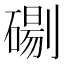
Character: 𭄓